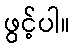
ဖွင့်ပါ။